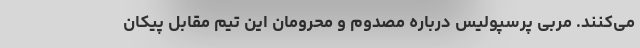
می‌کنند. مربی پرسپولیس درباره مصدوم و محرومان این تیم مقابل پیکان